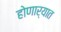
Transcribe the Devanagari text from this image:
होणार्यात